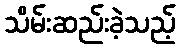
သိမ်းဆည်းခဲ့သည့်